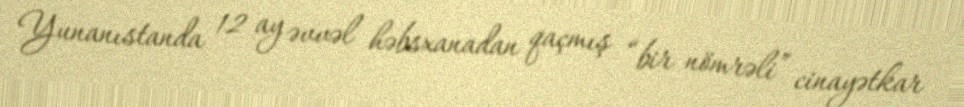
Yunanıstanda 12 ay əvvəl həbsxanadan qaçmış “bir nömrəli” cinayətkar